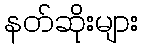
နတ်ဆိုးများ